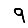
Digit: 9